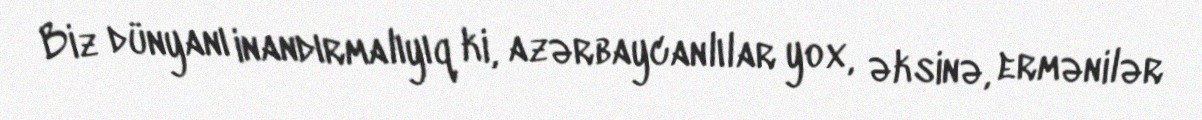
Biz dünyanı inandırmalıyıq ki, azərbaycanlılar yox, əksinə, ermənilər